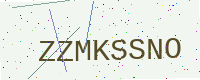
Text: ZZMKSSNO